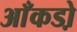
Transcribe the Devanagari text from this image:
आँकडो़